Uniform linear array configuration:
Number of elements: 16
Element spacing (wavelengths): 0.5
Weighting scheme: exponential
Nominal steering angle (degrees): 30
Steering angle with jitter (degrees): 31.35
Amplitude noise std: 0.05
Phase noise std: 0.05

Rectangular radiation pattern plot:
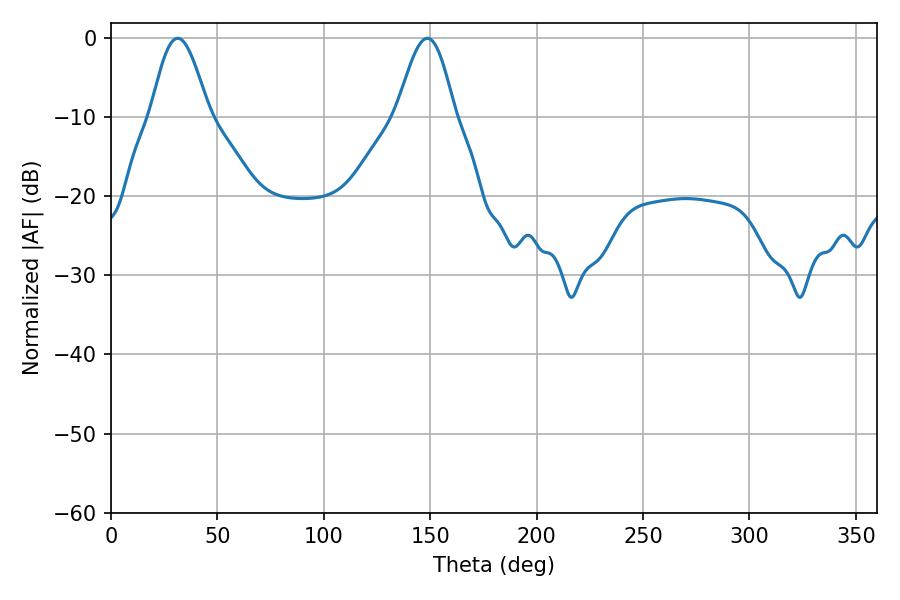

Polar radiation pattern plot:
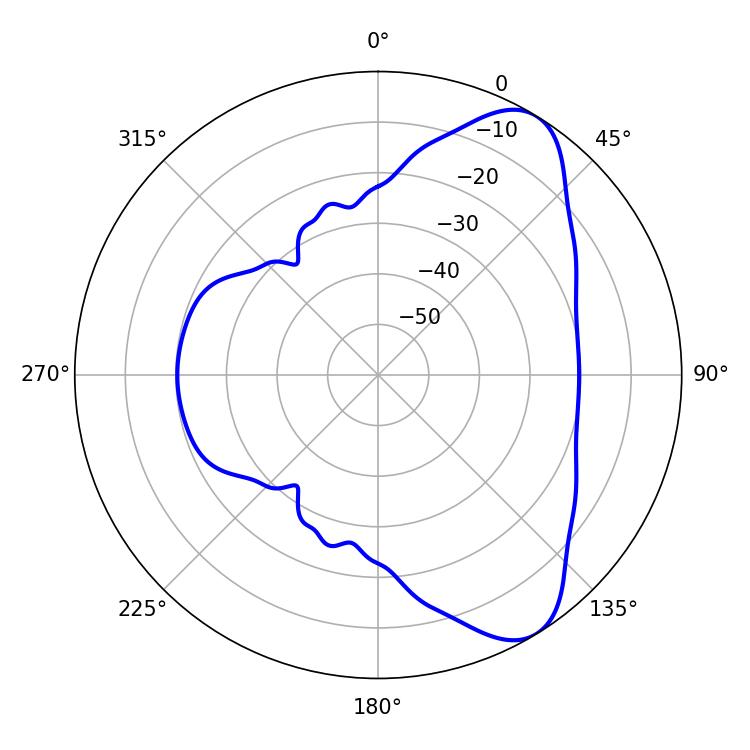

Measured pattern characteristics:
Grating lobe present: FALSE
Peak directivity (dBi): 7.935
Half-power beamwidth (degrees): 14.58
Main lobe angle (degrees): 31.32